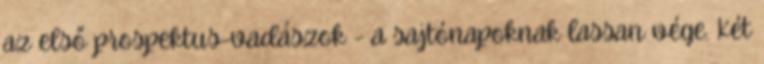
az első prospektus-vadászok - a sajtónapoknak lassan vége. Két